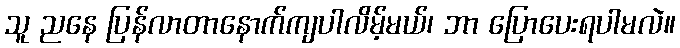
သူ ညနေ ပြန်လာတာနောက်ကျပါလိမ့်မယ်၊ ဘာ ပြောပေးရပါမလဲ။